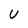
Character: V